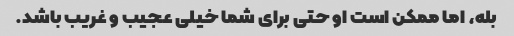
بله، اما ممکن است او حتی برای شما خیلی عجیب و غریب باشد.